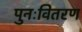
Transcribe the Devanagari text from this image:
पुनःवितरण